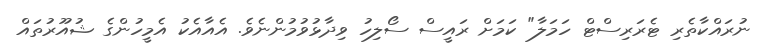
ނުރައްކާތެރި ޓެރަރިސްޓް ހަމަލާ" ކަމަށް ރައީސް ސޯލިހު ވިދާޅުވުމުންނެވެ. އެއާއެކު އެމީހުންގެ ޝުއޫރުތައް